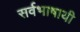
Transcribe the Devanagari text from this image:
सर्वभाषायी